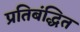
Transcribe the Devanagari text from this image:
प्रतिबंद्धित